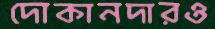
দোকানদারও